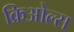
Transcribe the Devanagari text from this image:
क्रिओल्स